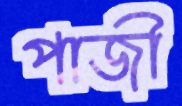
পাজী